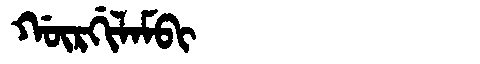
Manchu: ᡤᡡᡵᡤᡳᠯᠠᠮᠪᡳ
Romanization: GŪRGILAMBI